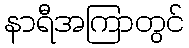
နာရီအကြာတွင်